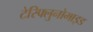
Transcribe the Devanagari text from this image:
टेरिफ्लुनोमाइड